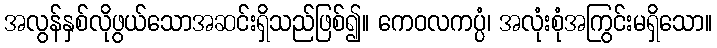
အလွန်နှစ်လိုဖွယ်သောအဆင်းရှိသည်ဖြစ်၍။ ကေဝလကပ္ပံ၊ အလုံးစုံအကြွင်းမရှိသော။